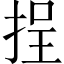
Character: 挰